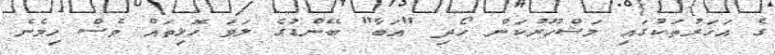
ގެ އަހަރުތަކުގައި މަޝްހޫރުކަން ހޯދި "އަބާ" ބޭންޑުގެ ލަވަ ހޮޅިތައް ވެސް ހިމެނެ